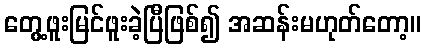
တွေ့ဖူးမြင်ဖူးခဲ့ပြီဖြစ်၍ အဆန်းမဟုတ်တော့။